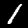
Digit: 1